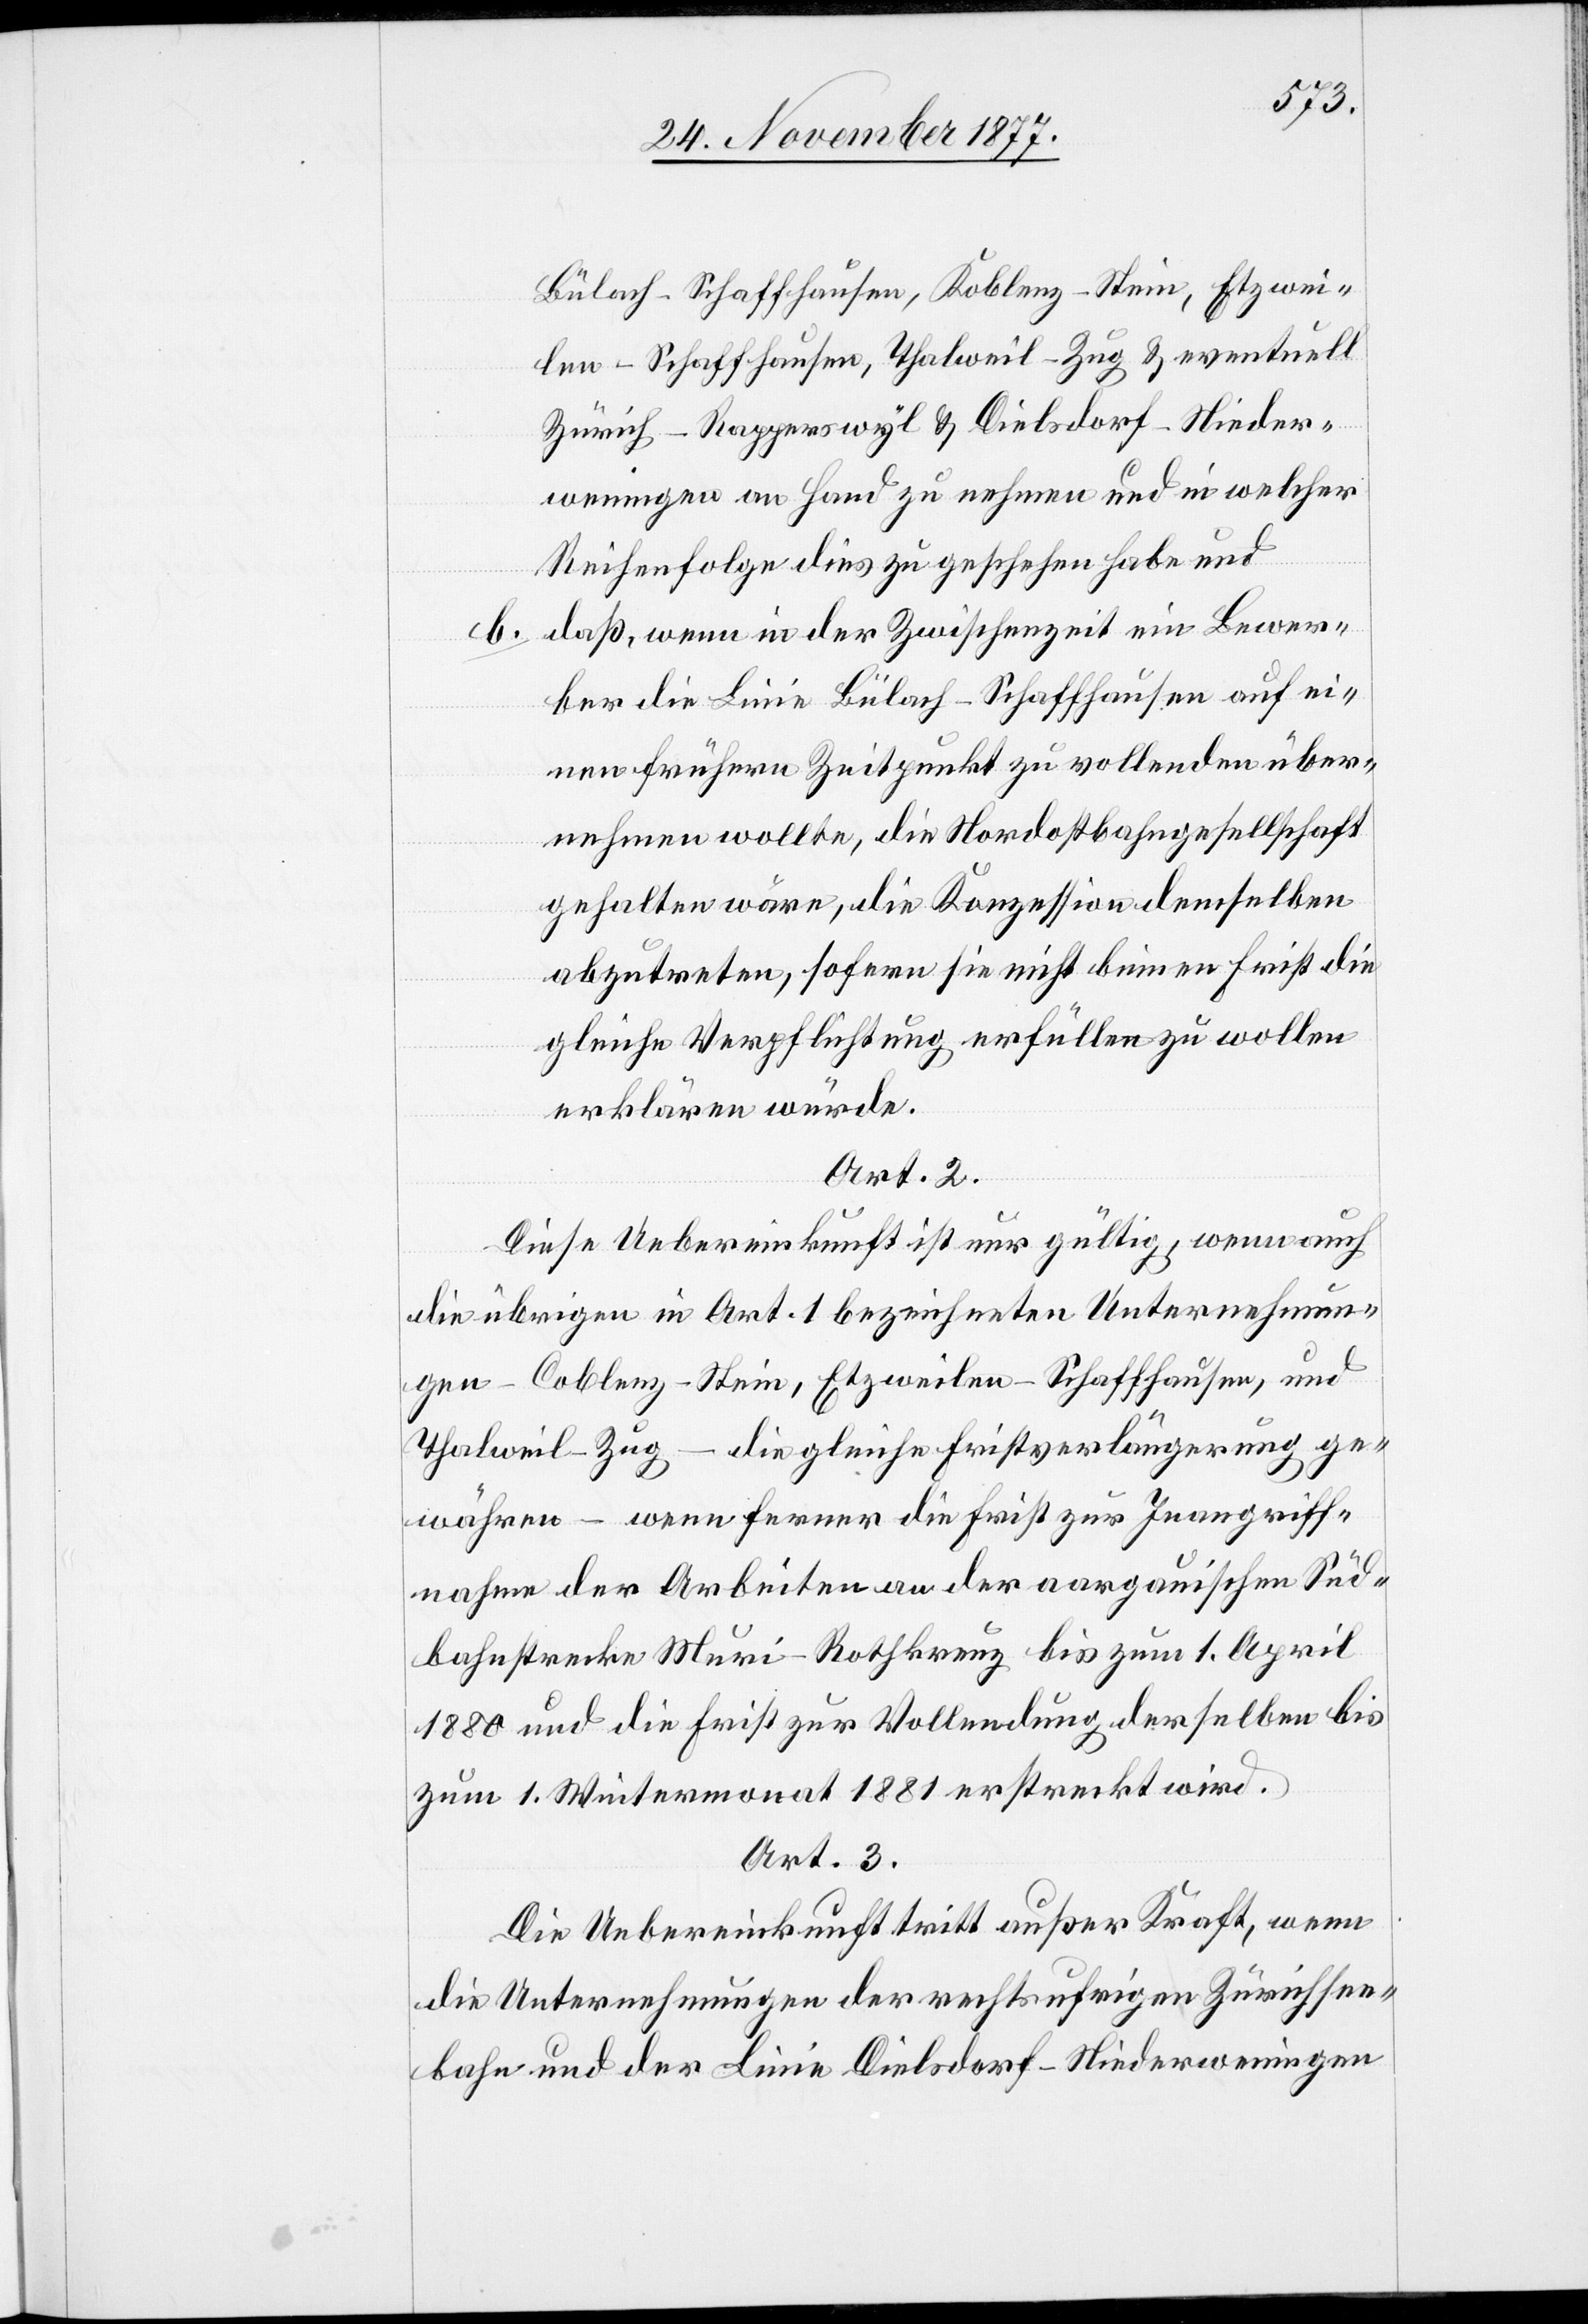
Bülach–Schaffhausen, Koblenz–Stein, Etzwei¬
len–Schaffhausen, Thalweil–Zug & eventuell
Zürich–Rapperswyl & Dielsdorf–Nieder¬
weningen an Hand zu nehmen und in welcher
Reihenfolge dies zu geschehen habe und
daß, wenn in der Zwischenzeit ein Bewer¬
ber die Linie Bülach–Schaffhausen auf ei¬
nen frühern Zeitpunkt zu vollenden über¬
nehmen wollte, die Nordostbahngesellschaft
gehalten wäre, die Konzession demselben
abzutreten, sofern sie nicht binnen Frist die
gleiche Verpflichtung erfüllen zu wollen
erklären würde.
Art. 2.
Diese Uebereinkunft ist nur gültig, wenn auch
die übrigen in Art. 1 bezeichneten Unternehmun¬
gen – Coblenz–Stein, Etzweilen–Schaffhausen, und
Thalweil–Zug – die gleiche Fristverlängerung ge¬
währen – wenn ferner die Frist zur Inangriff¬
nahme der Arbeiten an der aargauischen Süd¬
bahnstrecke Muri–Rothkreuz bis zum 1. April
1880 und die Frist zur Vollendung derselben bis
zum 1. Wintermonat 1881 erstreckt wird.
Art. 3.
Die Uebereinkunft tritt außer Kraft, wenn
die Unternehmungen der rechtsufrigen Zürichsee¬
bahn und der Linie Dielsdorf–Niederweningen